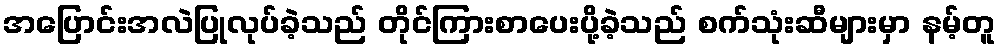
အပြောင်းအလဲပြုလုပ်ခဲ့သည် တိုင်ကြားစာပေးပို့ခဲ့သည် စက်သုံးဆီများမှာ နမ့်တူ